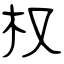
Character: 权